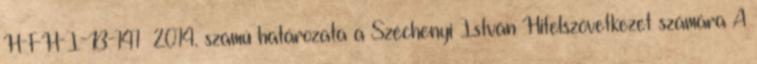
H-FH-I-B-141 2014. számú határozata a Széchenyi István Hitelszövetkezet számára A